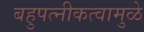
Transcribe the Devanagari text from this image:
बहुपत्‍नीकत्वामुळे